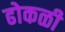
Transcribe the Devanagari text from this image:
ढोकळी